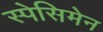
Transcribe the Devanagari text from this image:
स्पेसिमेन